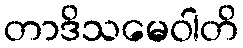
တာဒိသမေဝါတိ